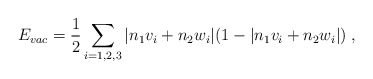
\begin{align*}E_{vac} = \frac{1}{2} \sum_{i=1,2,3} |n_1v_i + n_2w_i|(1 - |n_1v_i + n_2w_i|) \; ,\end{align*}